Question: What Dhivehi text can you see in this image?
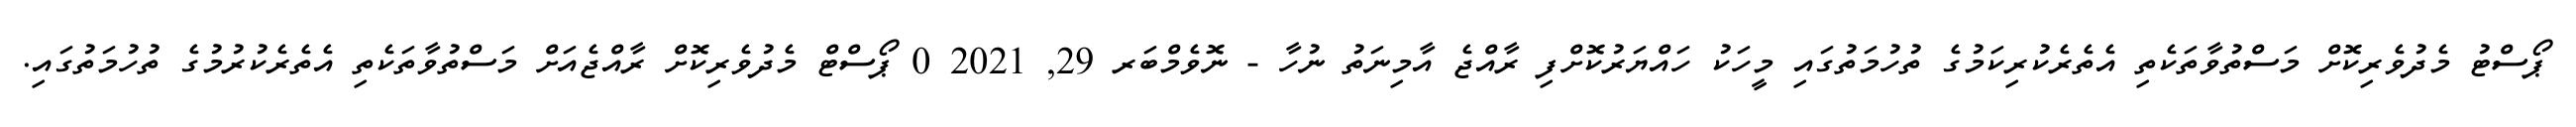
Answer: ޕޯސްޓު މެދުވެރިކޮށް މަސްތުވާތަކެތި އެތެރެކުރިކަމުގެ ތުހުމަތުގައި މީހަކު ހައްޔަރުކޮށްފި ރާއްޖެ އާމިނަތު ނުހާ - ނޮވެމްބަރ 29, 2021 0 ޕޯސްޓް މެދުވެރިކޮށް ރާއްޖެއަށް މަސްތުވާތަކެތި އެތެރެކުރުމުގެ ތުހުމަތުގައި.